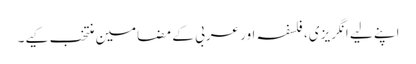
اپنے لیے انگریزی، فلسفہ اور عربی کے مضامین منتخب کیے۔